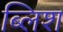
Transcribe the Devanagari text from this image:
ब्लिश